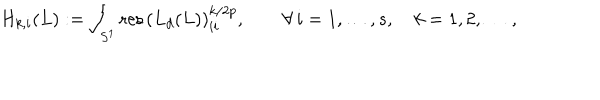
LaTeX: H _ { k , i } ( L ) : = \int _ { S ^ { 1 } } \mathrm { r e s \, } \left( L _ { d } ( L ) \right) _ { i i } ^ { k / { 2 p } } , \qquad \forall \, i = 1 , \ldots , s , \quad k = 1 , 2 , \dots \, ,